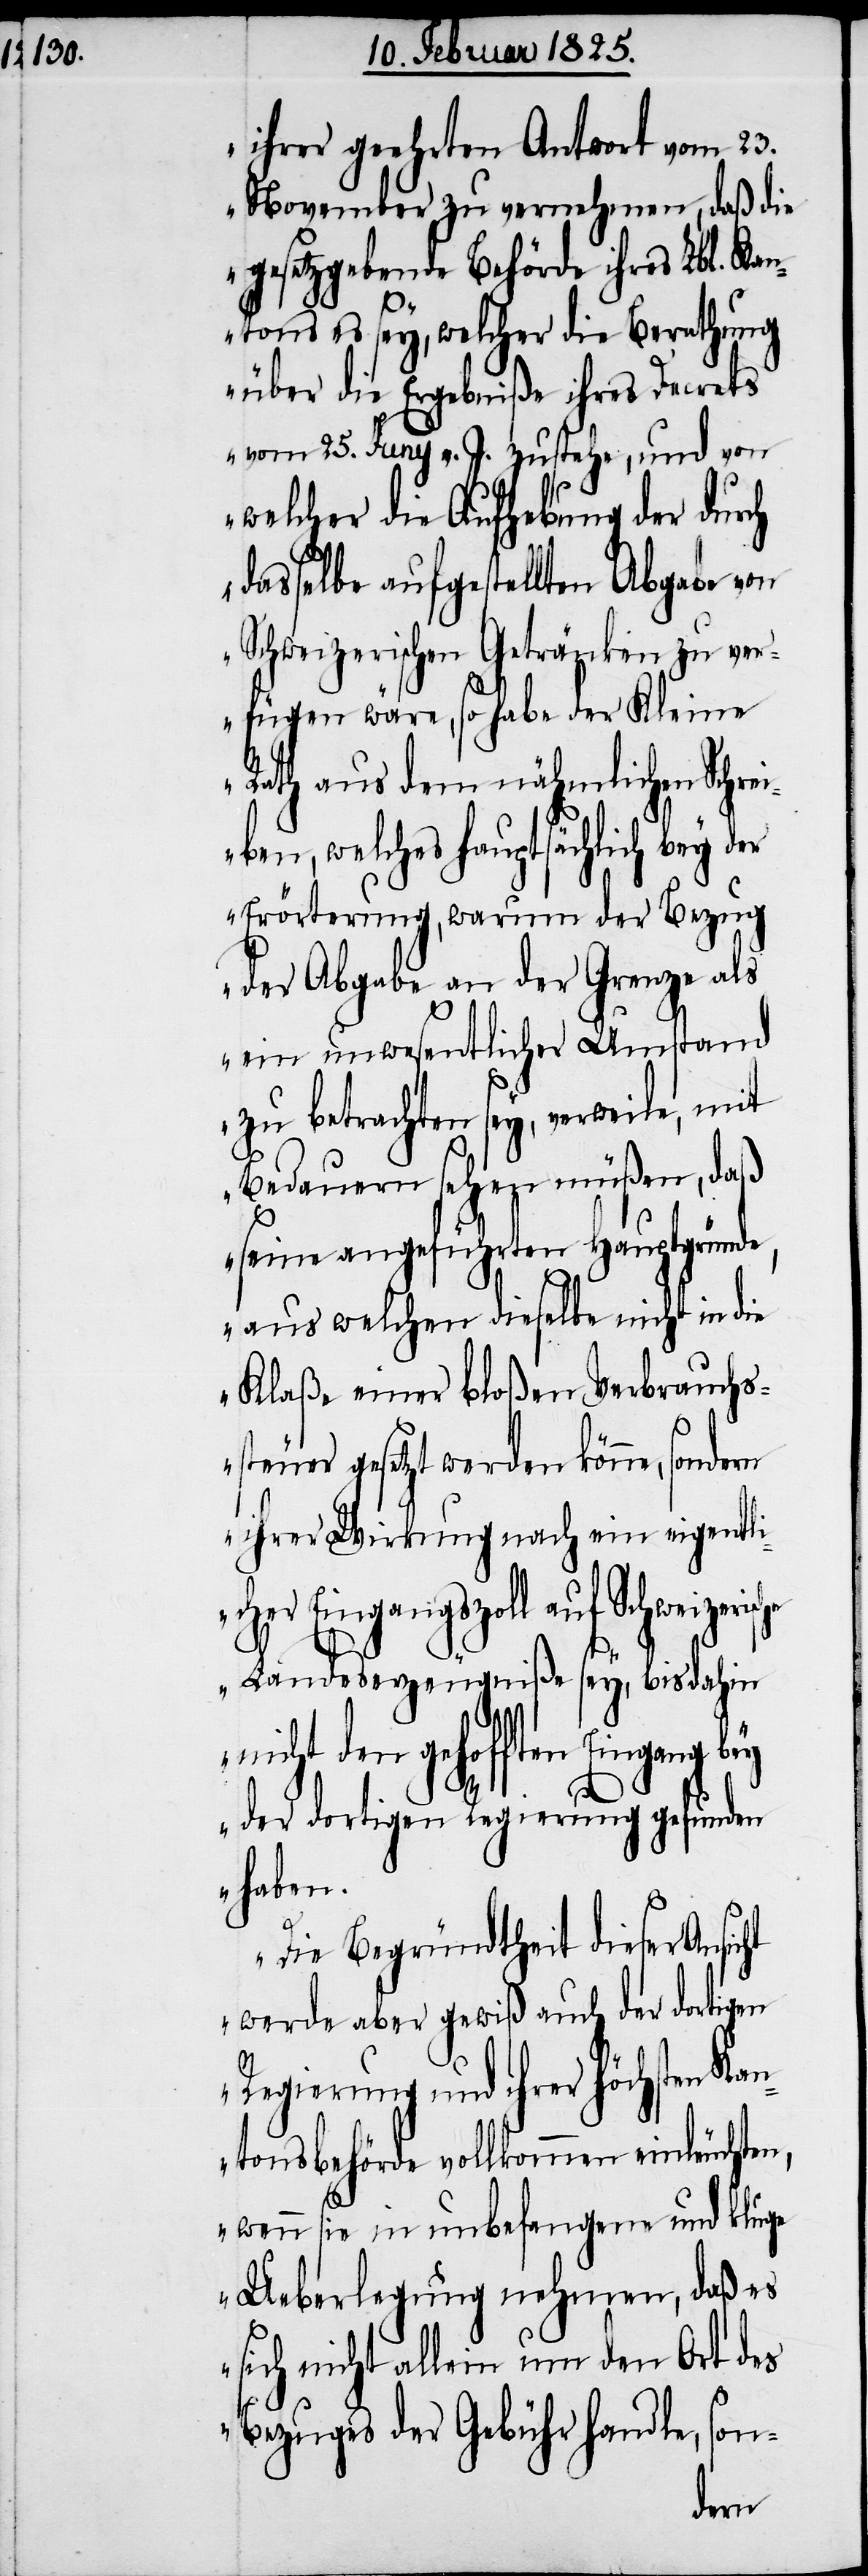
ihrer geehrten Antwort vom 23.
November zu vernehmen, daß die
gesetzgebende Behörde ihres Lbl. Kan¬
ton es sey, welcher die Berathung
über die Ergebniße ihres Decrets
vom 25. Juny v. J. zustehe, und von
welcher die Aufhebung der durch
dasselbe aufgestellten Abgabe von
Schweizerischen Getränken zu ver¬
fügen wäre, so habe der Kleine
Rath aus dem nähmlichen Schrei¬
ben, welches hauptsächlich bey der
Erörterung, warum der Bezug
der Abgabe an der Grenze als
ein unwesentlicher Umstand
zu betrachten sey, verweile, mit
Bedauern sehen müßen, daß
seine angeführten Hauptgründe,
aus welchen dieselbe nicht in die
Klaße einer bloßen Verbrauchs¬
steuer gesetzt werden könne, son¬
ihrer Wirkung nach ein eigentli¬
cher Eingangszoll auf
Landeserzeugniße sey, bis dahin
nicht den gehofften Eingang
der dortigen Regierung gefunden
haben.
Die Begründtheit dieser Ansicht
werde aber gewiß auch der dortigen
Regierung und ihrer höchsten K¬
antonsbehörde vollkommen einleuchten,
wenn sie in unbefangene und kluge
Ueberlegung nehmen, daß es
sich nicht allein um den Ort des
Bezuges der Gebühr handle, son-
dern